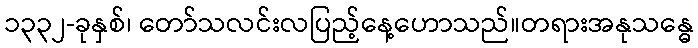
၁၃၃၂-ခုနှစ်၊ တော်သလင်းလပြည့်နေ့ဟောသည်။တရားအနုသန္ဓေ